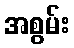
အစွမ်း